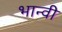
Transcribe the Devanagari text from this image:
भान्वी